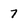
Character: 7